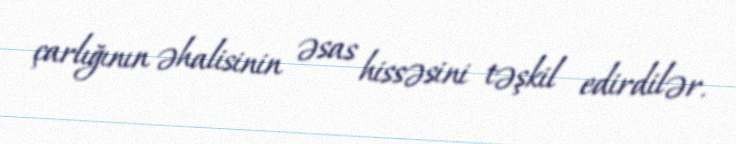
çarlığının əhalisinin əsas hissəsini təşkil edirdilər.